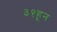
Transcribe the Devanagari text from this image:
३१हून